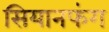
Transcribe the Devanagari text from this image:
सियानफंग